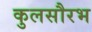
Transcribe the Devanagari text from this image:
कुलसौरभ